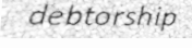
debtorship